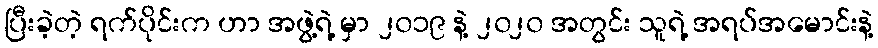
ပြီးခဲ့တဲ့ ရက်ပိုင်းက ဟာ အဖွဲ့ရဲ့ မှာ ၂၀၁၉ နဲ့ ၂၀၂၀ အတွင်း သူရဲ့ အရပ်အမောင်းနဲ့